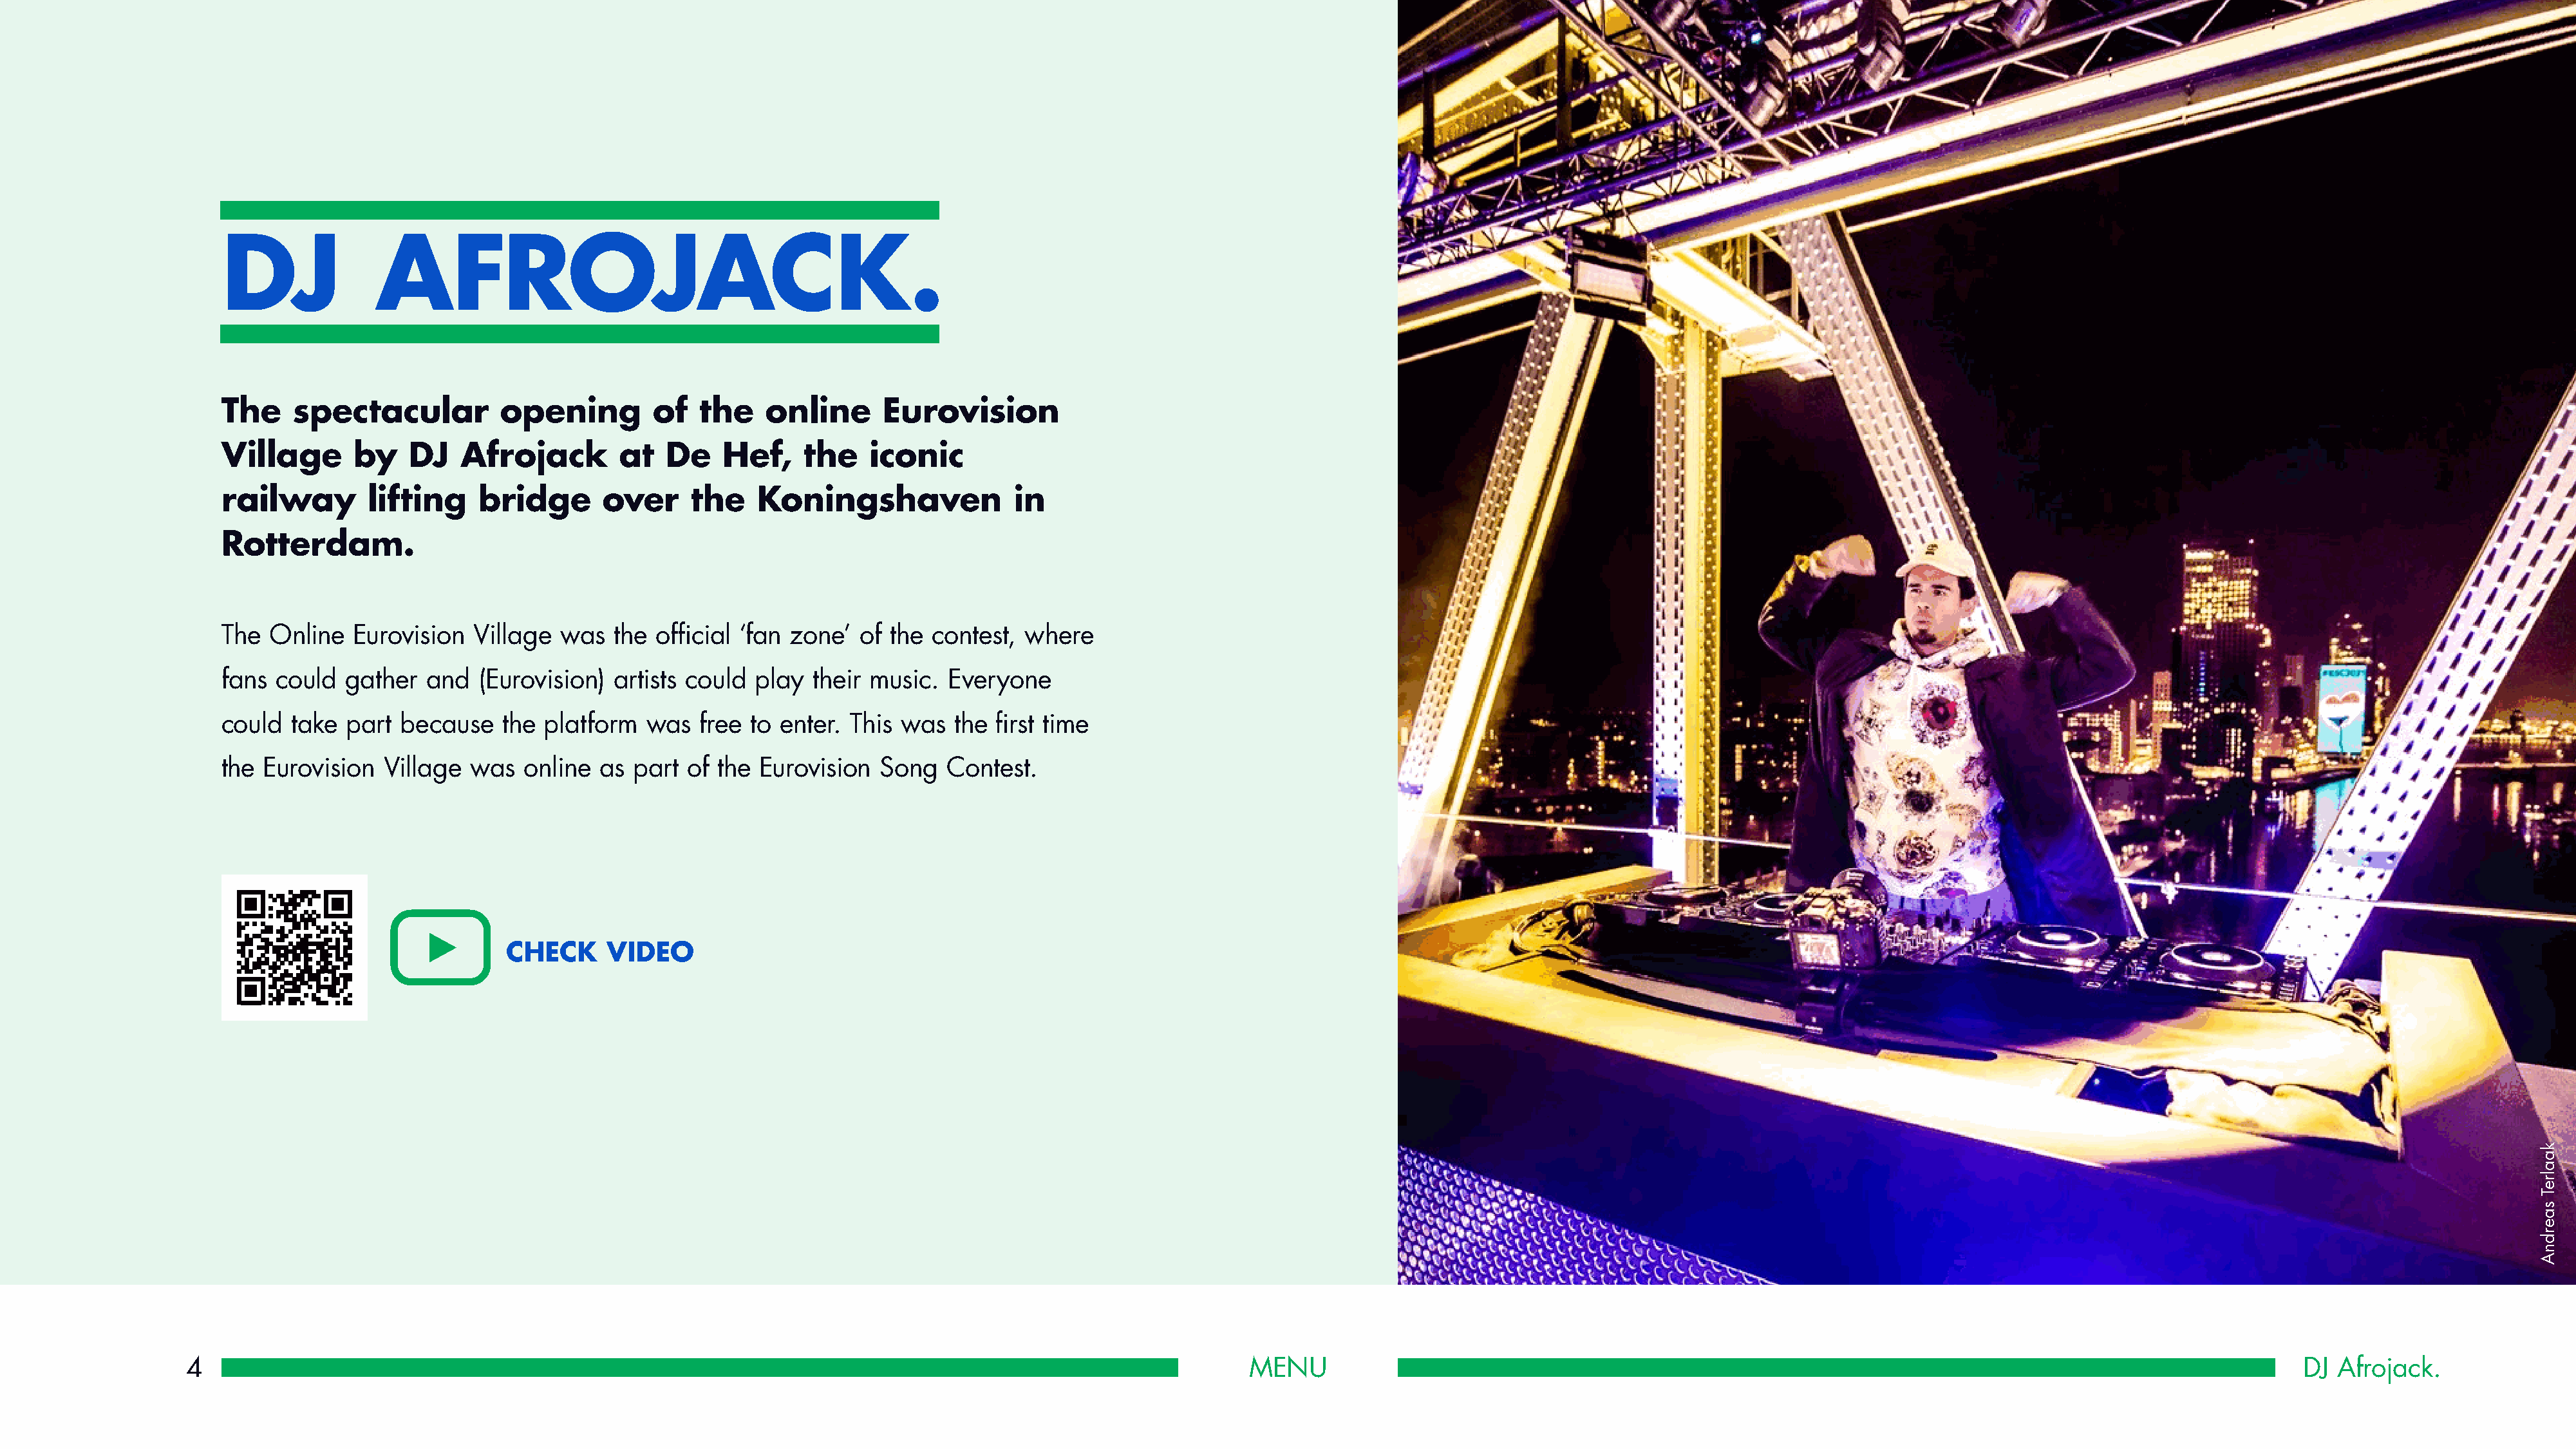
DJ              AFROJACK.
 The    spectacular          opening         of   the    online      Eurovision
 Village      by    DJ   Afrojack         at  De    Hef,     the   iconic
 railway        lifting    bridge       over     the    Koningshaven              in
 Rotterdam.
 The  Online  Eurovision   Village  was  the official ‘fan zone’  of  the contest, where
 fans could   gather  and  (Eurovision)  artists could  play  their music. Everyone
 could  take  part because    the platform  was   free to enter. This  was  the first time
 the Eurovision  Village  was   online  as part  of the Eurovision  Song   Contest.
 CHECK     VIDEO
 4                                                                                                            MENU                                                                                                         DJ Afrojack.
 kaalreT
 saerdnA